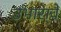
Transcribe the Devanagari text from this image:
उभारा्वे